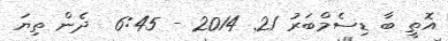
އޮތީ ބާ ޑިސެމްބަރު 21